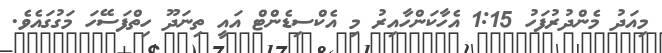
މިއަދު މެންދުރުފަހު 1:15 އެހާކަންހާއިރު މި އެކްސިޑެންޓް އައީ ތިނަދޫ ހިތްފަސޭހަ މަގުގައެވެ.